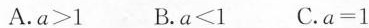
A.$$a > 1$$ B.$$a ≤ 1$$ C.$$a = 1$$